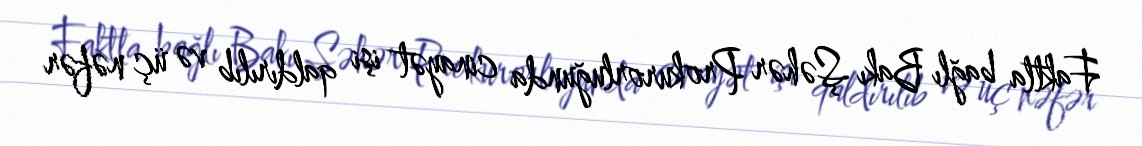
Faktla bağlı Bakı Şəhər Prokurorluğunda cinayət işi qaldırılıb və üç nəfər